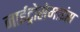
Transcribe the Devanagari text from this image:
नाईट्रोसेमाइंस